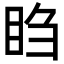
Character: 𬑍